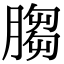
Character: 䐢